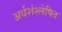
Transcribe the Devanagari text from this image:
अर्धशंश्लेषित